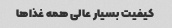
کیفیت بسیار عالی همه غذاها